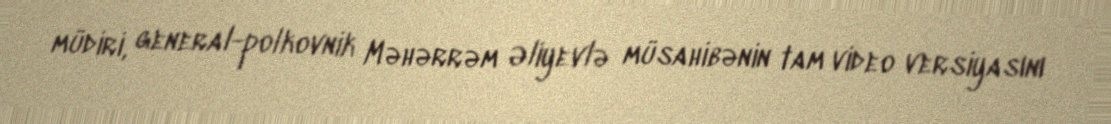
müdiri, general-polkovnik Məhərrəm Əliyevlə müsahibənin tam video versiyasını